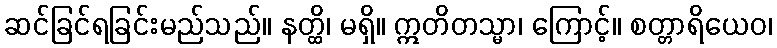
ဆင်ခြင်ရခြင်းမည်သည်။ နတ္ထိ၊ မရှိ။ ဣတိတသ္မာ၊ ကြောင့်။ စတ္တာရိယေဝ၊